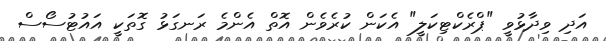
އަދި ވިދާޅުވީ "ޕްރެކްޓިކަލީ" އެކަން ކުރެވެން އޮތް އެންމެ ރަނގަޅު ގޮތަކީ އައުޓުސޯސް